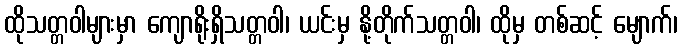
ထိုသတ္တဝါများမှာ ကျောရိုးရှိသတ္တဝါ၊ ယင်းမှ နို့တိုက်သတ္တဝါ၊ ထိုမှ တစ်ဆင့် မျောက်၊